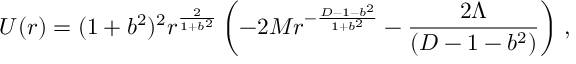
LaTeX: U ( r ) = ( 1 + b ^ { 2 } ) ^ { 2 } r ^ { \frac { 2 } { 1 + b ^ { 2 } } } \left( - 2 M r ^ { - { \frac { D - 1 - b ^ { 2 } } { 1 + b ^ { 2 } } } } - { \frac { 2 \Lambda } { ( D - 1 - b ^ { 2 } ) } } \right) \, ,